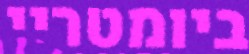
ביומטריי